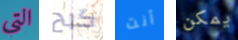
التي كبح أنت يمكن